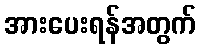
အားပေးရန်အတွက်